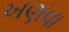
ખણવા